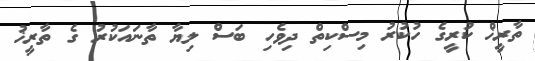
ތާރީޚް ކުރީގެ ހުކުރު މިސްކިތް ދިވެހި ބަސް ލިޔާ ތާނައަކުރު ގެ ތާރީޚު